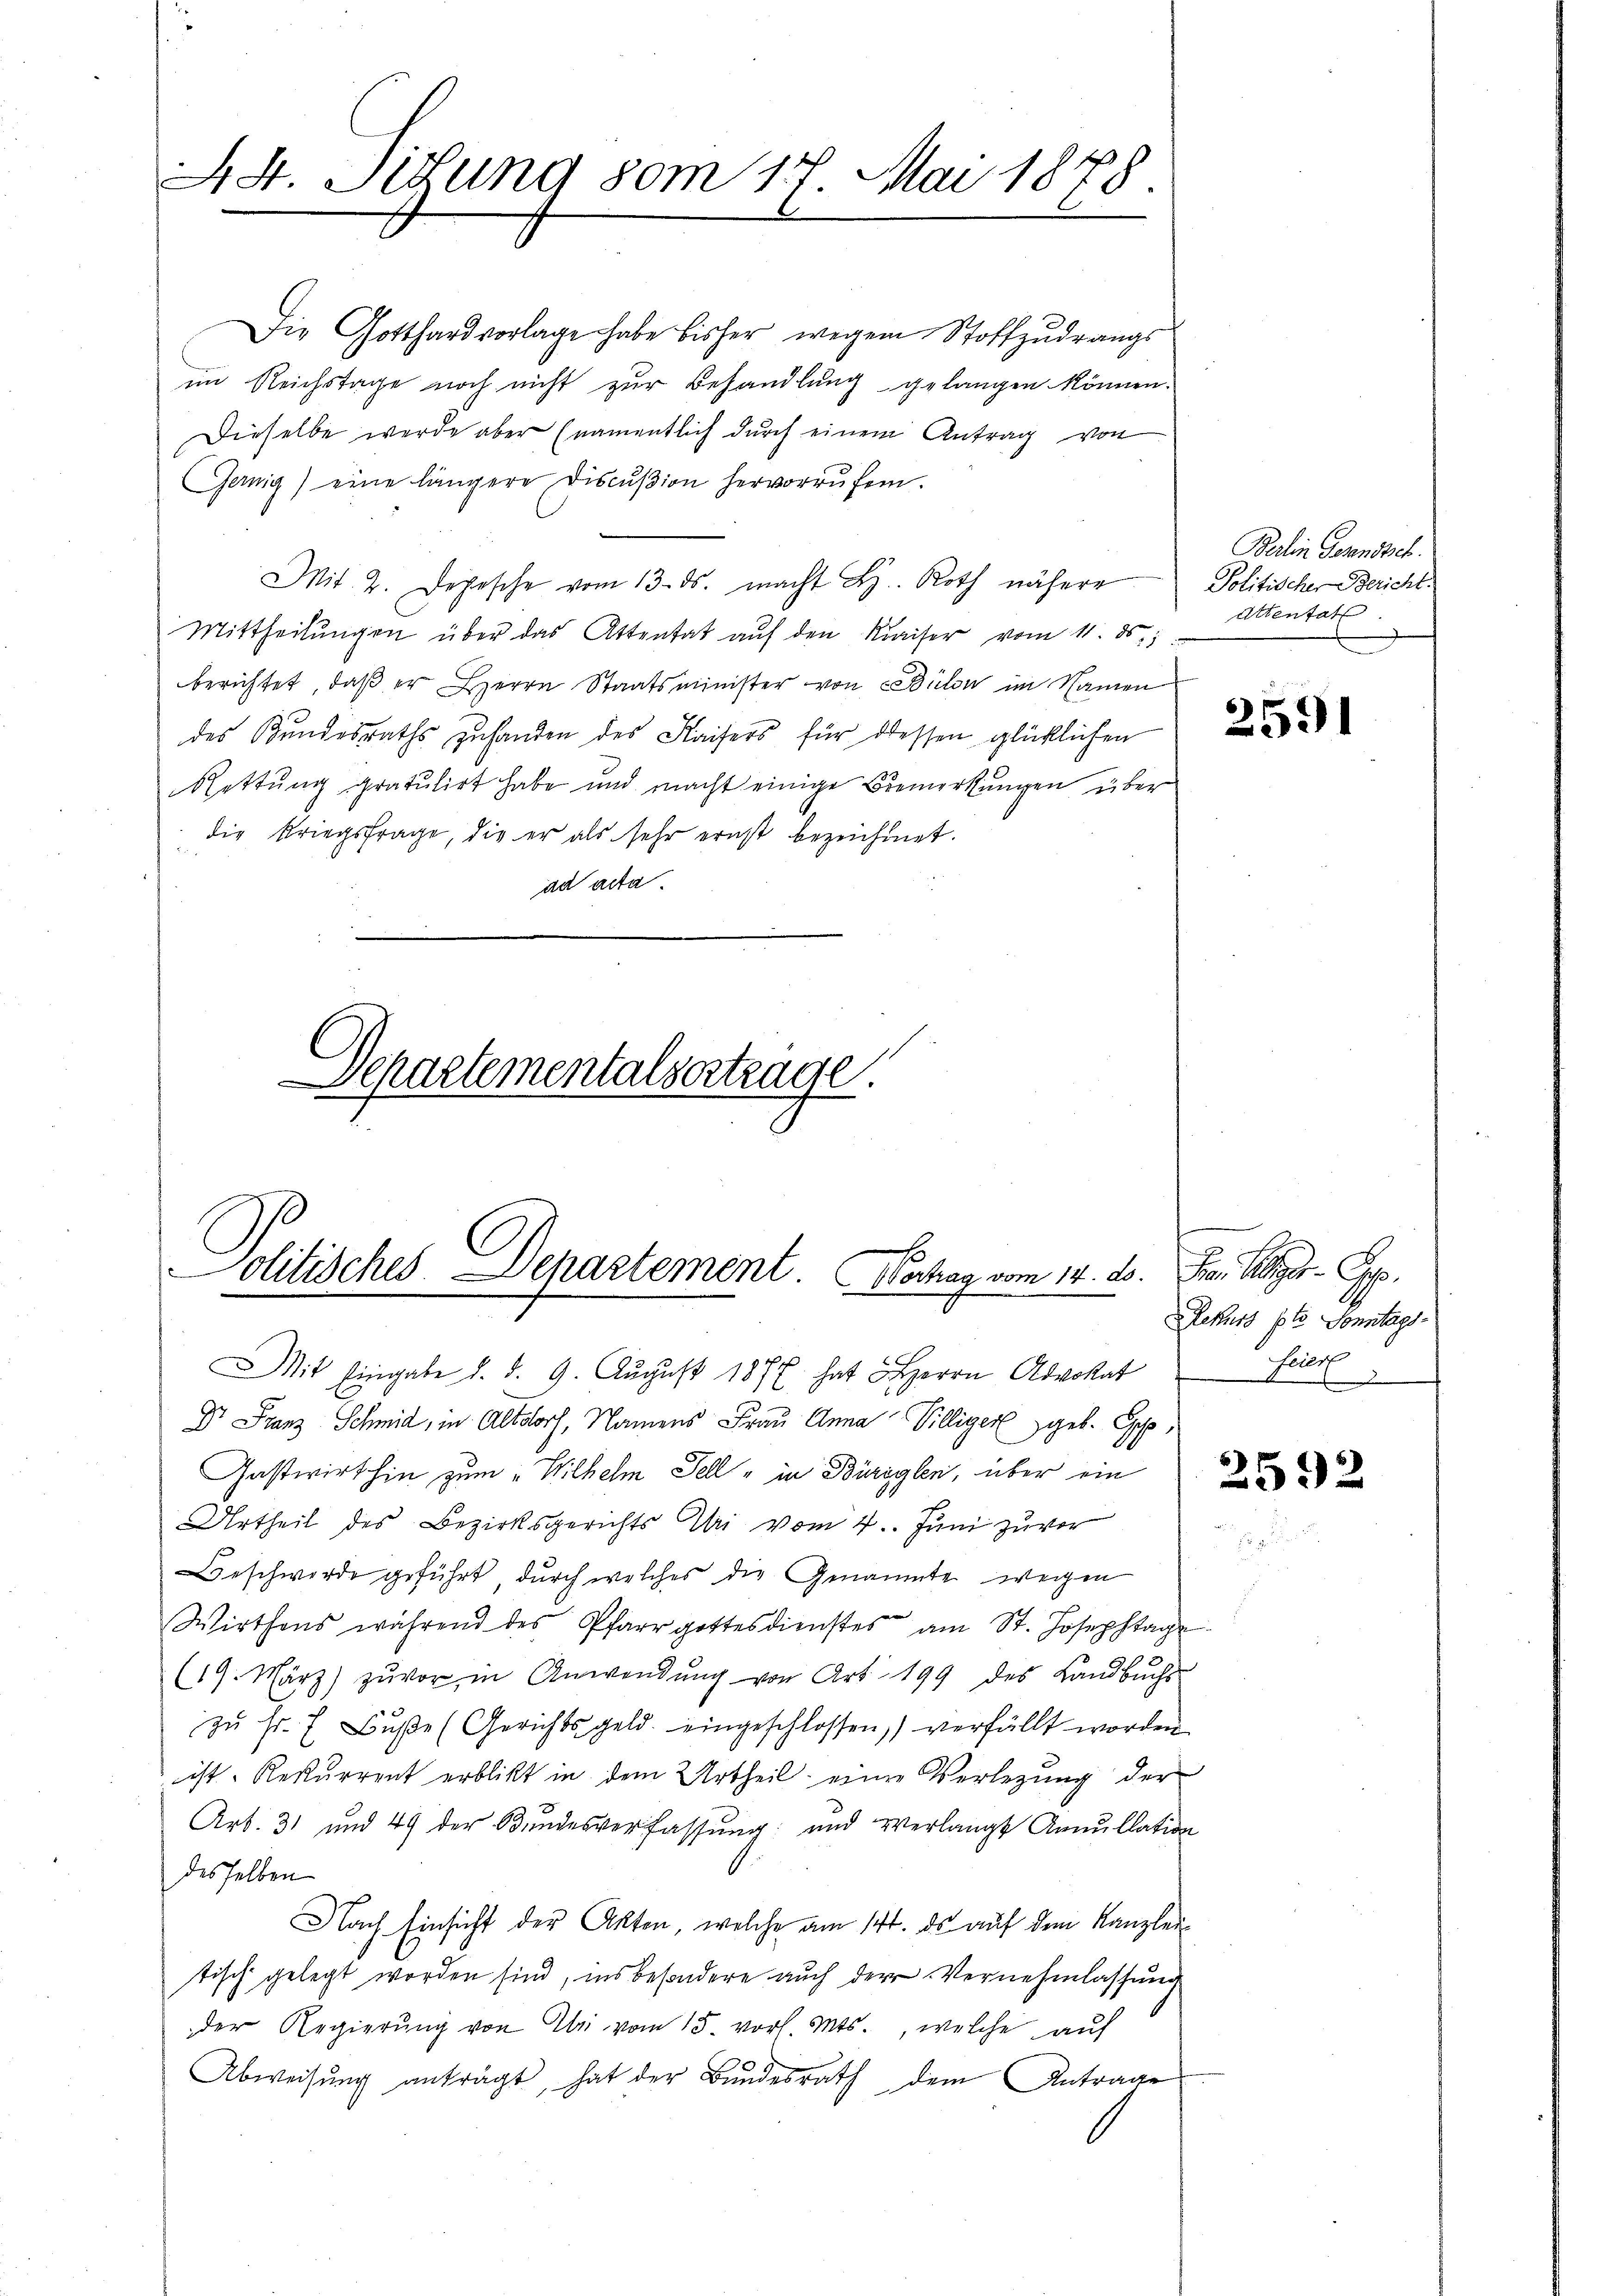
Die Gotthardvorlage habe bisher wegen Stoffzŭdrangs
im Reichstage noch nicht zur Behandlung gelangen können.
Dieselbe werde aber (namentlich durch einem Antrag von
Ganig) eine längere Discŭβion hervorrufen.
Mit. 2. Depesche vom 13. ds. macht L. Roth nähere
Mittheilŭngen über das Attentat aŭf den Kaiser vom 11. ds.,
berichtet, daβ er Herrn Staatsminister von Bülon im Namen
des Bundesraths zuhanden des Kaisers für dessen glücklichen
Rettung gratulirt habe und macht einige Bemerkungen über
die Kriegsfrage, die er als sehr ernst bezeichnet.
ad acta

44. Situng vom 17. Mai 1878.

Departementalsertrage.

olitisches. Departement. Hochag vom 14. ds.

Mit Eingabe d. d. 9. Aŭgust 1877 hat Herrn Advokat

Dr. Franz Schmid, in Altdorf, Namens Frau Anna Villiger geb. Gep
Gastwirthin zum „Wilhelm Tell " in Bürglen, über ein
Urtheil des Bezirksgerichts Mai vom 4. Juni zuvor
Beschwerde geführt, durch welches die Genannte wegen
Wirthens während des Pfarrgottesdienstes am St. Josephtage
(19. März) zŭvor in Anwendŭng von Art. 199 des Landbuchs
zŭ fr. h. Bŭβe (Gerichtsgeld. eingeschlossen, verfüllt worden.
ist. Rekurrent erblickt in dem Urtheil einen Verlegung der
Art. 31 und 49 der Bundesverfassung und verlangt Annullation
desselben
Nach Einsicht der Akten, welche am 14. ds auf dem Kanzlei-
tisch gelegt worden sind, insbesondere auch der Vernehmlassung
der Regierŭng von Uri vom 15. vor. Mts., welche auf
Abweisung anträgt, hat der Bundesrath dem Antrage

Berlin Gesandte.
Politischer Bericht.
attentat.

2591

Fre. Allger Ge
Rekurs pto Sonntags-
feiert
u

2592